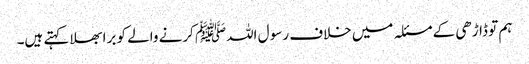
ہم تو ڈاڑھی کے مسئلہ میں خلاف رسو ل اللہﷺ کرنے والے کو برا بھلا کہتے ہیں۔